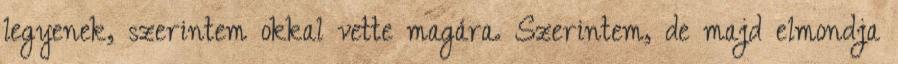
legyenek, szerintem okkal vette magára. Szerintem, de majd elmondja